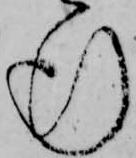
行